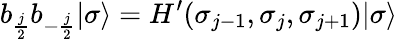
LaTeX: b_{{\frac{j}{2}}}b_{-{\frac{j}{2}}}|\sigma\rangle=H^{\prime}(\sigma_{j-1},\sigma_{j},\sigma_{j+1})|\sigma\rangle